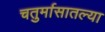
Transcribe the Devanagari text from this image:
चतुर्मासातल्या